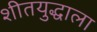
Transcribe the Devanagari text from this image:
शीतयुद्धाला